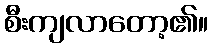
စီးကျလာတော့၏။